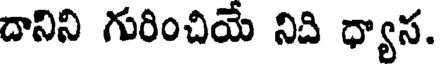
దానిని గురించియే నిది ధ్యాస.